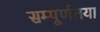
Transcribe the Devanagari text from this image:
सम्पूर्णतया